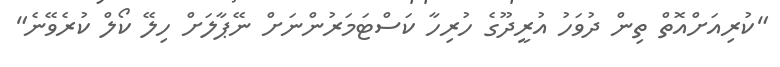
"ކުރިއަށްއޮތް ތިން ދުވަހު އުރީދޫގެ ހުރިހާ ކަސްޓަމަރުންނަށް ނޭޕާލަށް ހިލޭ ކޯލް ކުރެވޭނެ"